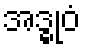
အဒ္ဓုဝံ